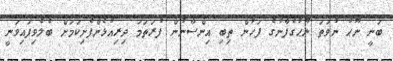
ބަނީ ނޫޙު ނުވަތަ ނޫޙުގެފާނުގެ ފަހުން ތިބި އިންސާނުން ފުރަތަމަ ދިރިއުޅެންފެށިކަމަށް ބެލެވިފައިވަނީ